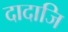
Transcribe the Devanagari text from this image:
दादाजि